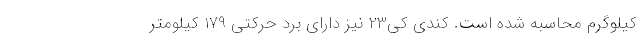
کیلوگرم محاسبه شده است. کندی کی23 نیز دارای برد حرکتی 179 کیلومتر